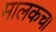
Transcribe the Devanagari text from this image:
मालकचा